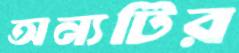
অন্যটির